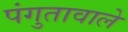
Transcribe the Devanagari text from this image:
पंगुतावाले